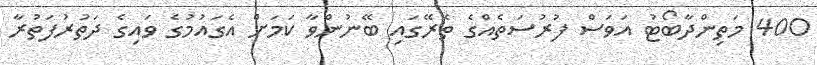
400 މަތިންދާބޯޓު އަވަސް ފުރުސަތެއްގެ ތެރޭގައި ބޭނުންވާ ކަމަށް އެގައުމުގެ ވައިގެ ދަތުރުފަތުރާ